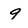
Character: 9